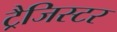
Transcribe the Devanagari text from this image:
ट्रैजिस्टर